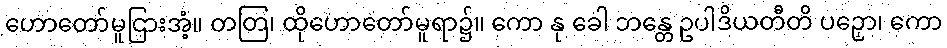
ဟောတော်မူငြားအံ့။ တတြ၊ ထိုဟောတော်မူရာ၌။ ကော နု ခေါ ဘန္တေ ဥပါဒိယတီတိ ပဉှော၊ ကော